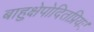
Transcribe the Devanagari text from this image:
बाहुक्षेपोदितप्रियः।